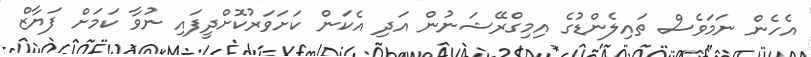
އެހެން ނަމަވެސް ތައިލެންޑުގެ އިމިގްރޭޝަނުން އަދި އެކަން ކަށަވަރުކޮށްދީފައި ނުވާ ކަމަށް ފަޔާޒް